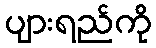
ပျားရည်ကို